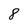
Character: 8